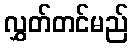
လွှတ်တင်မည်